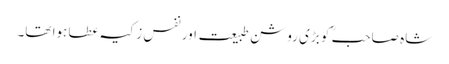
شاہ صاحبؒ کو بڑی روشن طبیعت اور نفسِ زکیہ عطا ہوا تھا۔